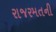
રાજરમતની